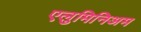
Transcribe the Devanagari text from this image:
एलुमिनिअम